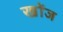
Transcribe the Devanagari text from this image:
खोंज